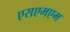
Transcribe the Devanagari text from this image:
एसएमएम